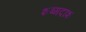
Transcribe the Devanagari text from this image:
शब्गदांश